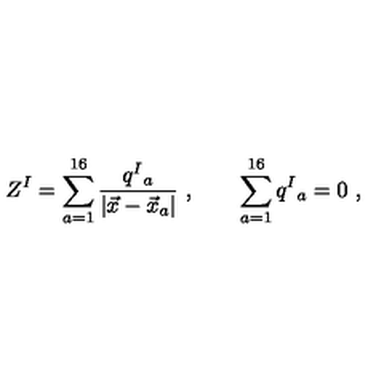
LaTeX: Z ^ { I } = \sum _ { a = 1 } ^ { 1 6 } { \frac { q ^ { I } { } _ { a } } { | \vec { x } - \vec { x } _ { a } | } } \ , \qquad \sum _ { a = 1 } ^ { 1 6 } q ^ { I } { } _ { a } = 0 \ ,